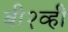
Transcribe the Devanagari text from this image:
बी२व्ही